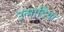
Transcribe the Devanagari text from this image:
उन्मादिया